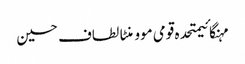
مہنگائیمتحدہ قومی موومنٹالطاف حسین